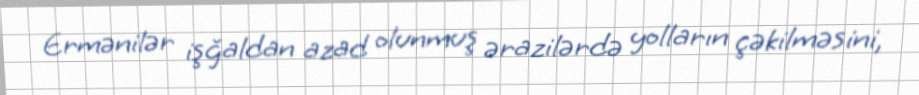
Ermənilər işğaldan azad olunmuş ərazilərdə yolların çəkilməsini,